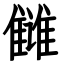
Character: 雠